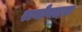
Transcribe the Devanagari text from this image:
राघोबदादा